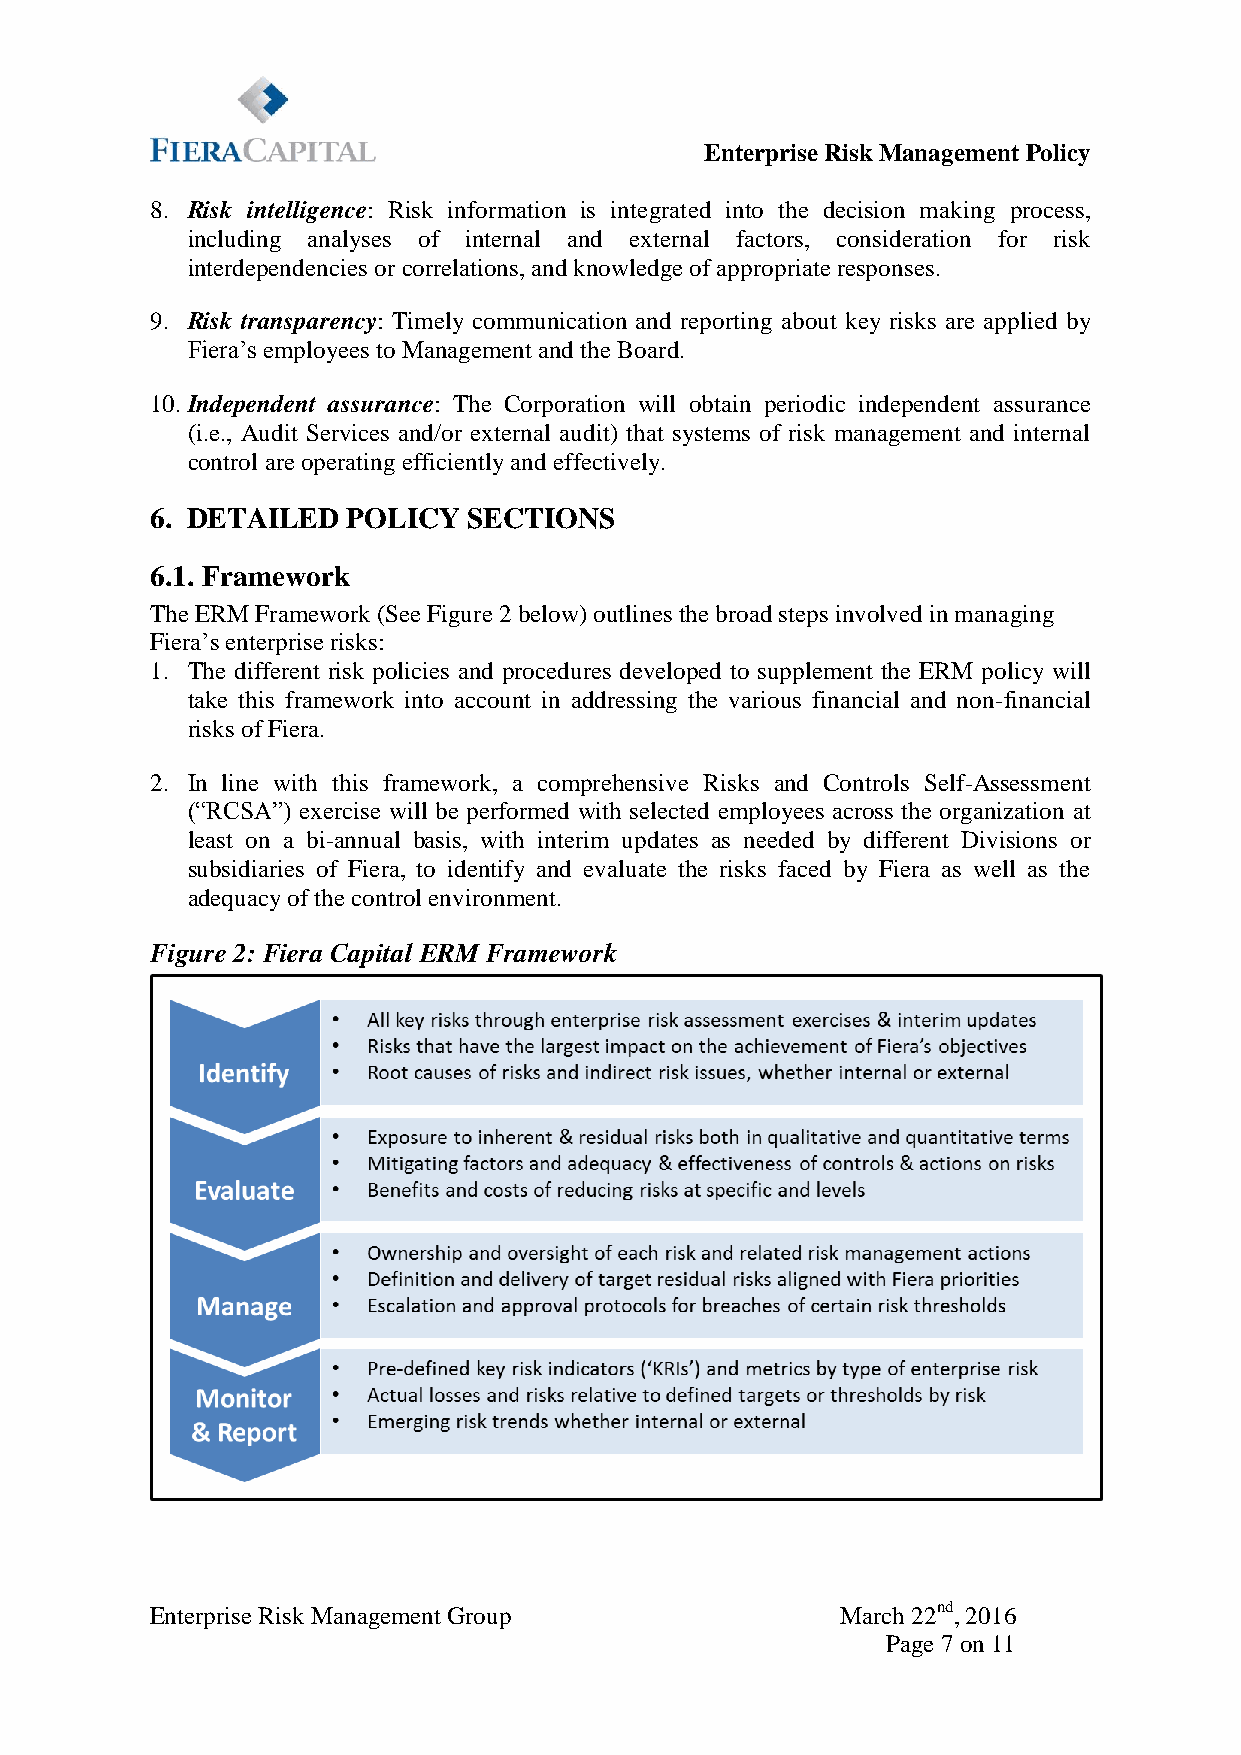
Enterprise Risk Management Policy
 8. Risk intelligence: Risk information is integrated into the decision making process,
 including analyses of internal and external factors, consideration for risk
 interdependencies or correlations, and knowledge of appropriate responses.
 9. Risk transparency: Timely communication and reporting about key risks are applied by
 Fiera’s employees to Management and the Board.
 10. Independent assurance: The Corporation will obtain periodic independent assurance
 (i.e., Audit Services and/or external audit) that systems of risk management and internal
 control are operating efficiently and effectively.
 6. DETAILED  POLICY  SECTIONS
 6.1. Framework
 The ERM Framework (See Figure 2 below) outlines the broad steps involved in managing
 Fiera’s enterprise risks:
 1. The different risk policies and procedures developed to supplement the ERM policy will
 take this framework into account in addressing the various financial and non-financial
 risks of Fiera.
 2. In line with this framework, a comprehensive Risks and Controls Self-Assessment
 (“RCSA”) exercise will be performed with selected employees across the organization at
 least on a bi-annual basis, with interim updates as needed by different Divisions or
 subsidiaries of Fiera, to identify and evaluate the risks faced by Fiera as well as the
 adequacy of the control environment.
 Figure 2: Fiera Capital ERM Framework
 Enterprise Risk Management Group              March 22nd, 2016
 Page 7 on 11